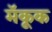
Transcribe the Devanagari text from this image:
मॅकूक